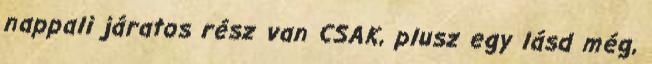
nappali járatos rész van CSAK, plusz egy lásd még,